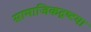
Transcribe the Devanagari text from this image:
सामाजिकदृष्‍टया